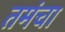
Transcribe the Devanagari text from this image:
तमंचा